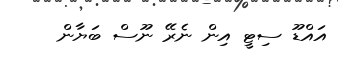
އައްޑޫ ސިޓީ އިން ނެރޭ ނޫސް ބަޔާން